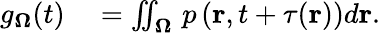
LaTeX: \begin{array}{rl}{g_{\mathbf{\Omega}}(t)}&{{}=\iint_{\mathbf{\Omega}}\, p\left(\textbf{r},t+\tau(\textbf{r})\right)d\textbf{r}.}\end{array}